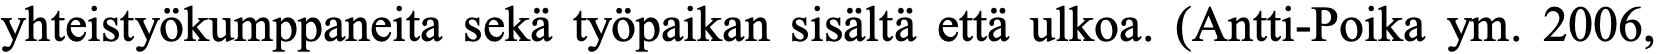
yhteistyökumppaneita sekä työpaikan sisältä että ulkoa. (Antti-Poika ym. 2006,